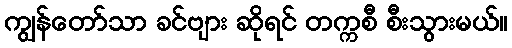
ကျွန်တော်သာ ခင်ဗျား ဆိုရင် တက္ကစီ စီးသွားမယ်။